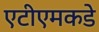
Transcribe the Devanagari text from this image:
एटीएमकडे